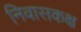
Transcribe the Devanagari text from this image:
निवासकक्ष